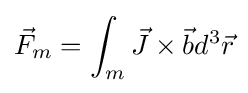
{\vec {F}}_{m}=\int _{m}{\vec {J}}\times {\vec {b}}d^{3}{\vec {r}}